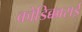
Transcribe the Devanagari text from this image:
कोडिक्काराई